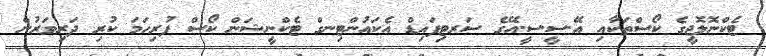
ޓެކްނޮލޮޖީގެ ކޯސްތަކާއި އޭ.ސީ.ސީ.އޭގެ ސަރޓިފައިޑް އެކައުންޓިނގް ޓެކްނީޝަން ކޯސް ފުރިހަމަ ކުރި ދަރިވަރުން